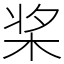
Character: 桨